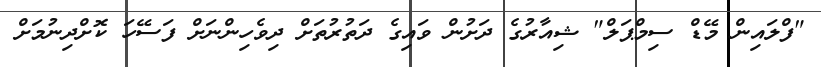
"ފްލައިން މޭޑް ސިމްޕަލް" ޝިއާރުގެ ދަށުން ވައިގެ ދަތުރުތަށް ދިވެހިންނަށް ފަސޭހަ ކޮށްދިނުމަށް